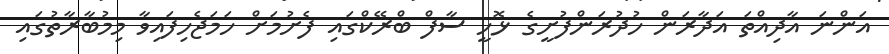
އަންނަ އާދިއްތަ އަދާރަން ހުދުރަންފުށީގެ ޅޮހީ ސާފް ބްރޭކްގައި ފެށުމަށް ހަމަޖެހިފައިވާ މިމުބާރާތުގައި